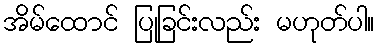
အိမ်ထောင် ပြုခြင်းလည်း မဟုတ်ပါ။